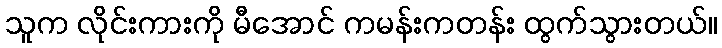
သူက လိုင်းကားကို မီအောင် ကမန်းကတန်း ထွက်သွားတယ်။